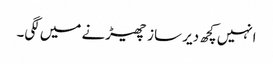
انہیں کچھ دیر ساز چھیڑنے میں لگی۔